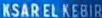
KSARELKEBIR